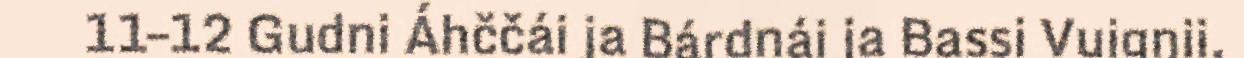
11–12 Gudni Áhččái ja Bárdnái ja Bassi Vuigŋii,